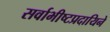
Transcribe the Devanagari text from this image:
सर्वाभीष्टप्रदायिने